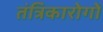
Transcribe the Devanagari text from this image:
तंत्रिकारोगों